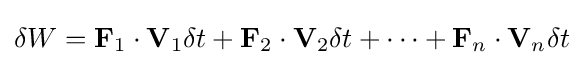
\delta W=\mathbf {F} _{1}\cdot \mathbf {V} _{1}\delta t+\mathbf {F} _{2}\cdot \mathbf {V} _{2}\delta t+\cdots +\mathbf {F} _{n}\cdot \mathbf {V} _{n}\delta t